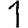
Digit: 1